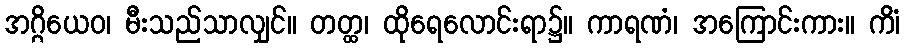
အဂ္ဂိယေဝ၊ မီးသည်သာလျှင်။ တတ္ထ၊ ထိုရေလောင်းရာ၌။ ကာရဏံ၊ အကြောင်းကား။ ကိံ၊